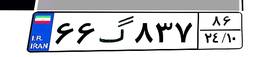
۶۶گ۸۳۷۸۶